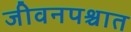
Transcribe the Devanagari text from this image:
जीवनपश्चात